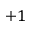
+ 1